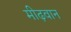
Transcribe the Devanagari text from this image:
मीढ़वान